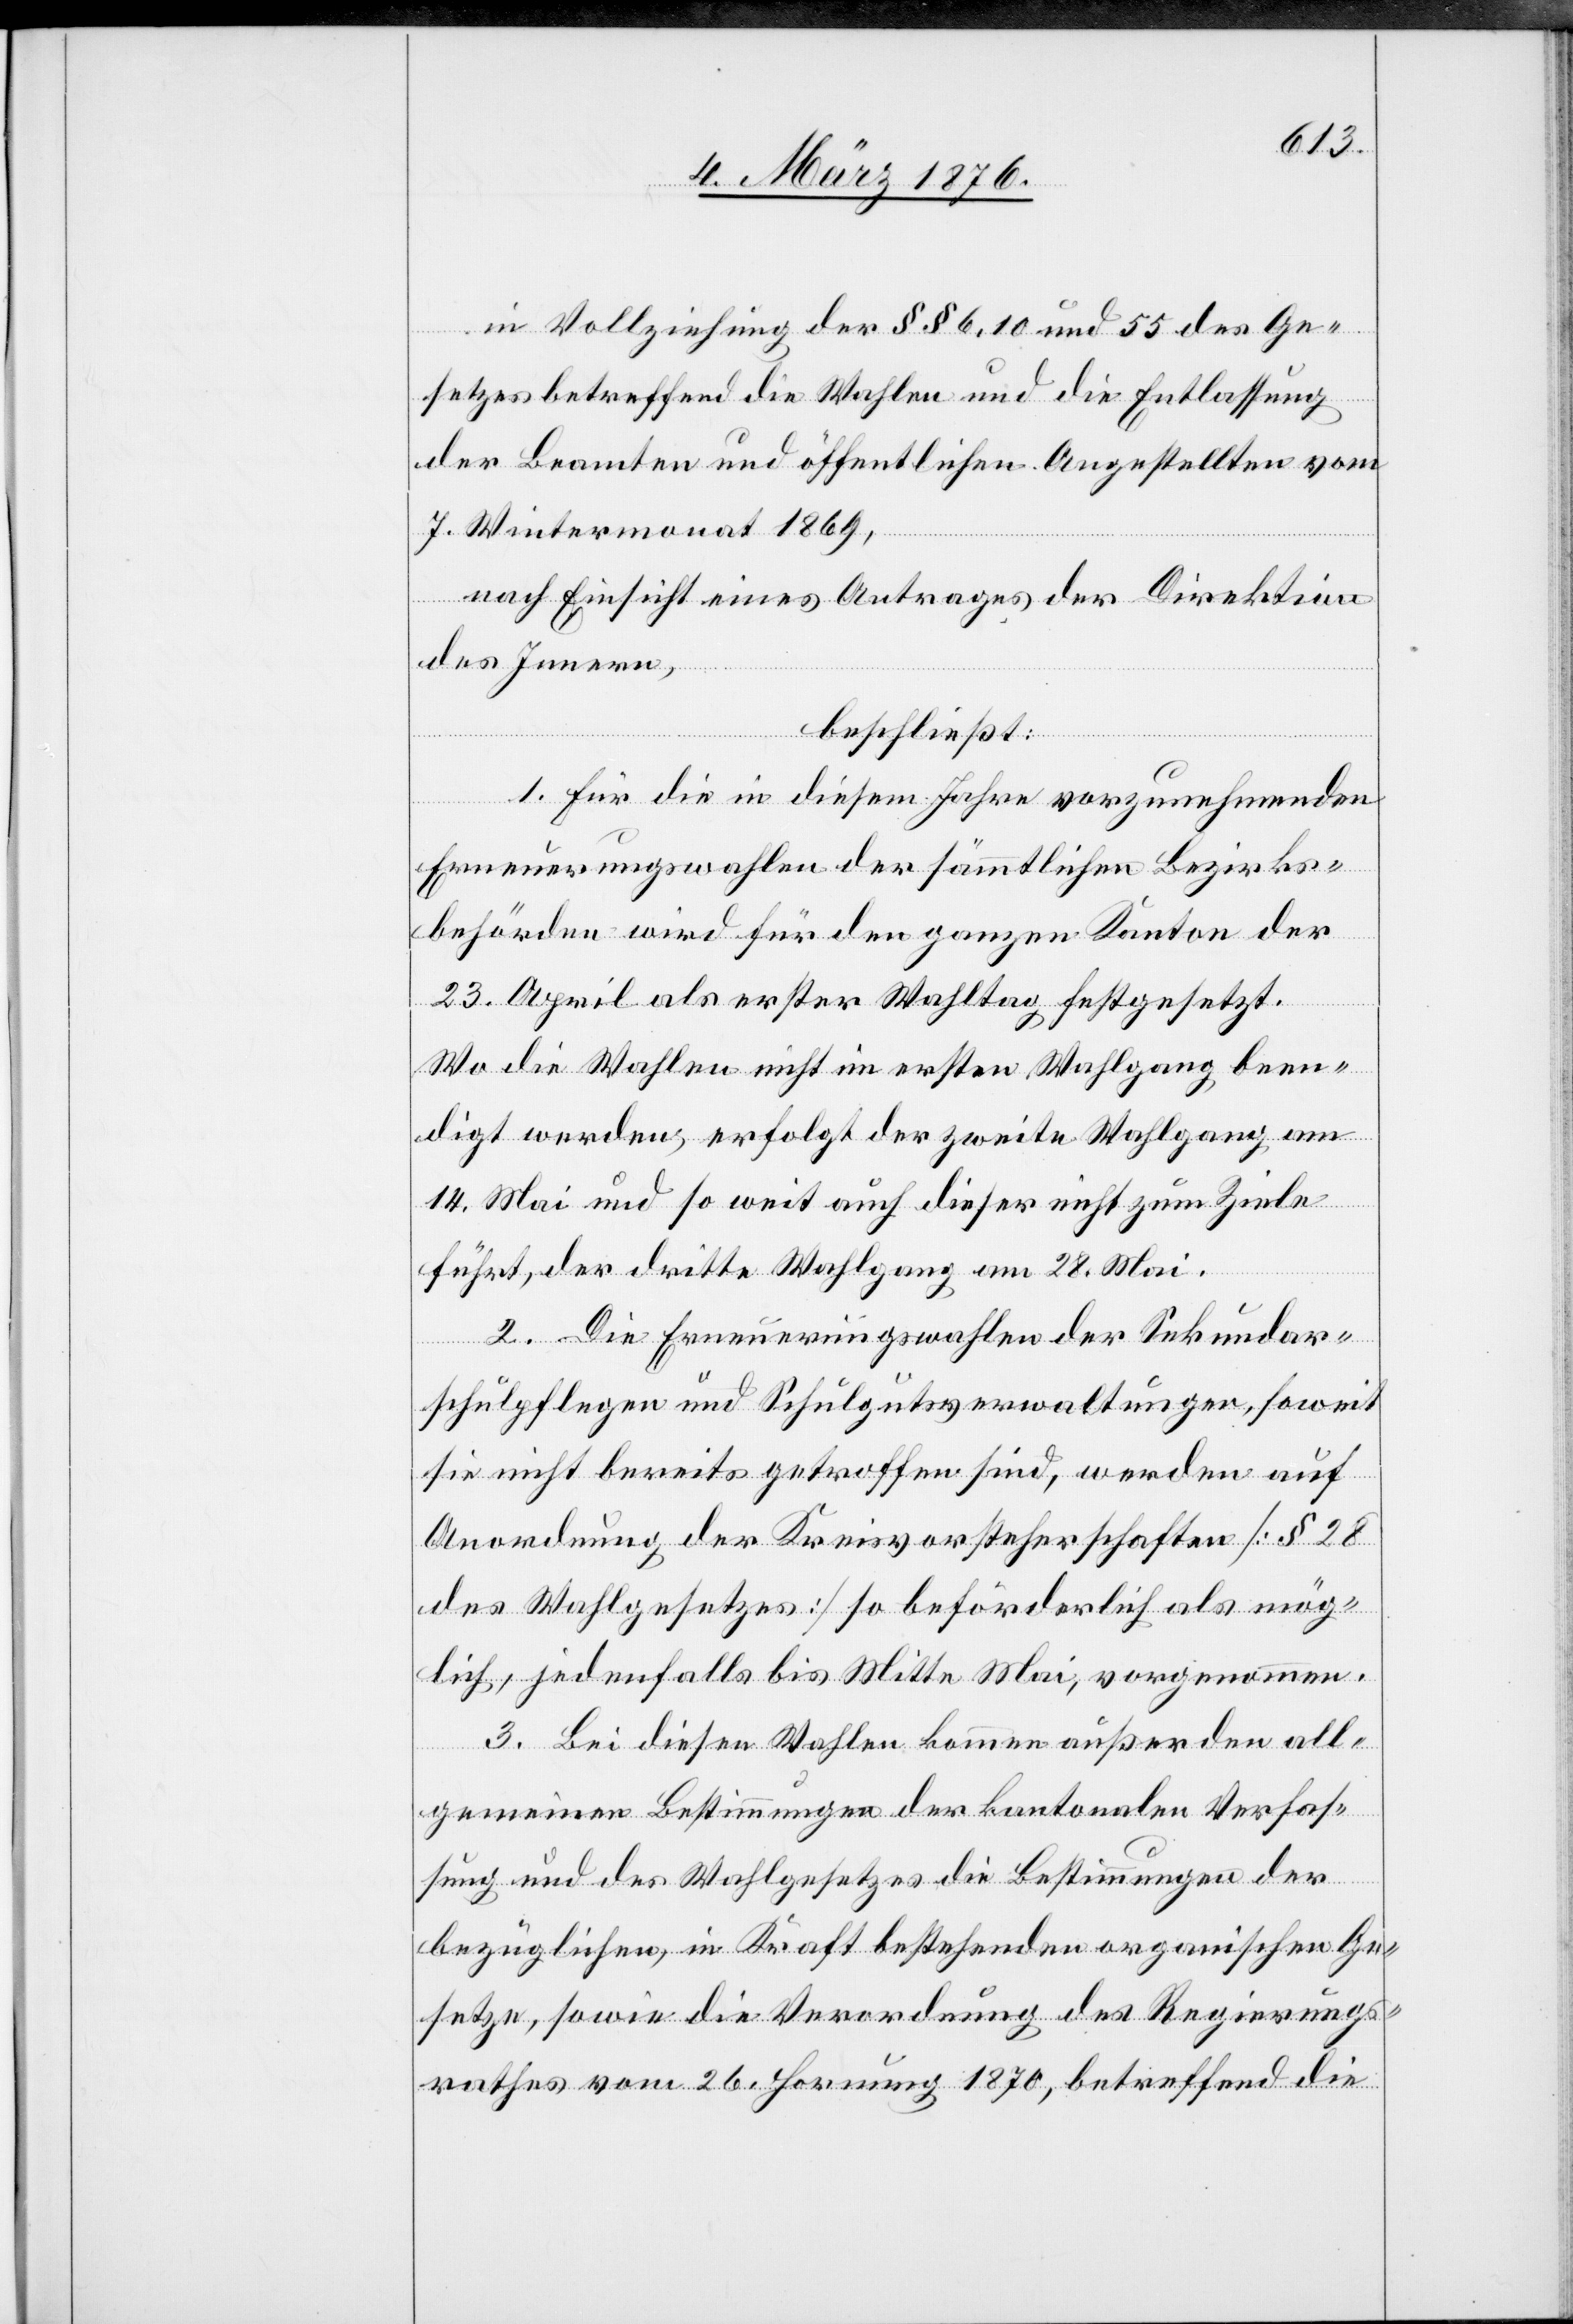
in Vollziehung der §§ 6, 10 und 55 des Ge¬
setzes betreffend die Wahlen und die Entlassung
der Beamten und öffentlichen Angestellten vom
7. Wintermonat 1869,
nach Einsicht eines Antrages der Direktion
des Innern,
beschließt:
1. Für die in diesem Jahre vorzunehmenden
Erneuerungswahlen der sämmtlichen Bezirks¬
behörden wird für den ganzen Kanton der
23. April als erster Wahltag festgesetzt.
Wo die Wahlen nicht im ersten Wahlgang been¬
digt werden, erfolgt der zweite Wahlgang, am
24. Mai und so weit auch dieser nicht zum Ziele
führt, der dritte Wahlgang am 28. Mai.
2. Die Erneuerungswahlen der Sekundar¬
schulpflegen und Schulgutsverwaltungen, sowie
sie nicht bereits getroffen sind, werden auf
Anordnung der Kreisvorsteherschaften [§ 28
des Wahlgesetzes] so beförderlich als mög¬
lich, jedenfalls bis Mitte Mai, vorgenommen.
3. Bei diesen Wahlen kommen außer den all¬
gemeinen Bestimmungen der kantonalen Verfas¬
sung und des Wahlgesetzes die Bestimmungen der
bezüglichen, in Kraft bestehenden organischen Ge¬
setze, sowie die Verordnung des Regierungs¬
rathes vom 26. Hornung 1870, betreffend die